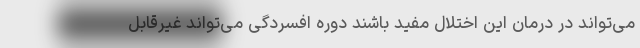
می‌تواند در درمان این اختلال مفید باشند دوره افسردگی می‌تواند غیرقابل